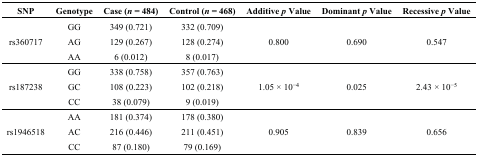
<table><thead><tr><td><b>SNP</b></td><td><b>Genotype</b></td><td><b>Case (<i>n</i> = 484)</b></td><td><b>Control (<i>n</i> = 468)</b></td><td><b>Additive <i>p</i> Value</b></td><td><b>Dominant <i>p</i> Value</b></td><td><b>Recessive <i>p</i> Value</b></td></tr></thead><tbody><tr><td rowspan="3">rs360717</td><td>GG</td><td>349 (0.721)</td><td>332 (0.709)</td><td rowspan="3">0.800</td><td rowspan="3">0.690</td><td rowspan="3">0.547</td></tr><tr><td>AG</td><td>129 (0.267)</td><td>128 (0.274)</td></tr><tr><td>AA</td><td>6 (0.012)</td><td>8 (0.017)</td></tr><tr><td rowspan="3">rs187238</td><td>GG</td><td>338 (0.758)</td><td>357 (0.763)</td><td rowspan="3">1.05 × 10<sup>−4</sup></td><td rowspan="3">0.025</td><td rowspan="3">2.43 × 10<sup>−5</sup></td></tr><tr><td>GC</td><td>108 (0.223)</td><td>102 (0.218)</td></tr><tr><td>CC</td><td>38 (0.079)</td><td>9 (0.019)</td></tr><tr><td rowspan="3">rs1946518</td><td>AA</td><td>181 (0.374)</td><td>178 (0.380)</td><td rowspan="3">0.905</td><td rowspan="3">0.839</td><td rowspan="3">0.656</td></tr><tr><td>AC</td><td>216 (0.446)</td><td>211 (0.451)</td></tr><tr><td>CC</td><td>87 (0.180)</td><td>79 (0.169)</td></tr></tbody></table>